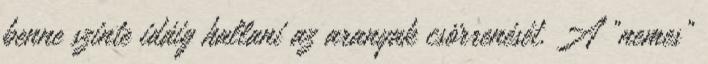
benne szinte idáig hallani az aranyak csörrenését. A "nemes"